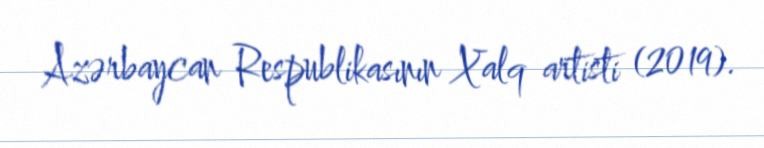
Azərbaycan Respublikasının Xalq artisti (2019).